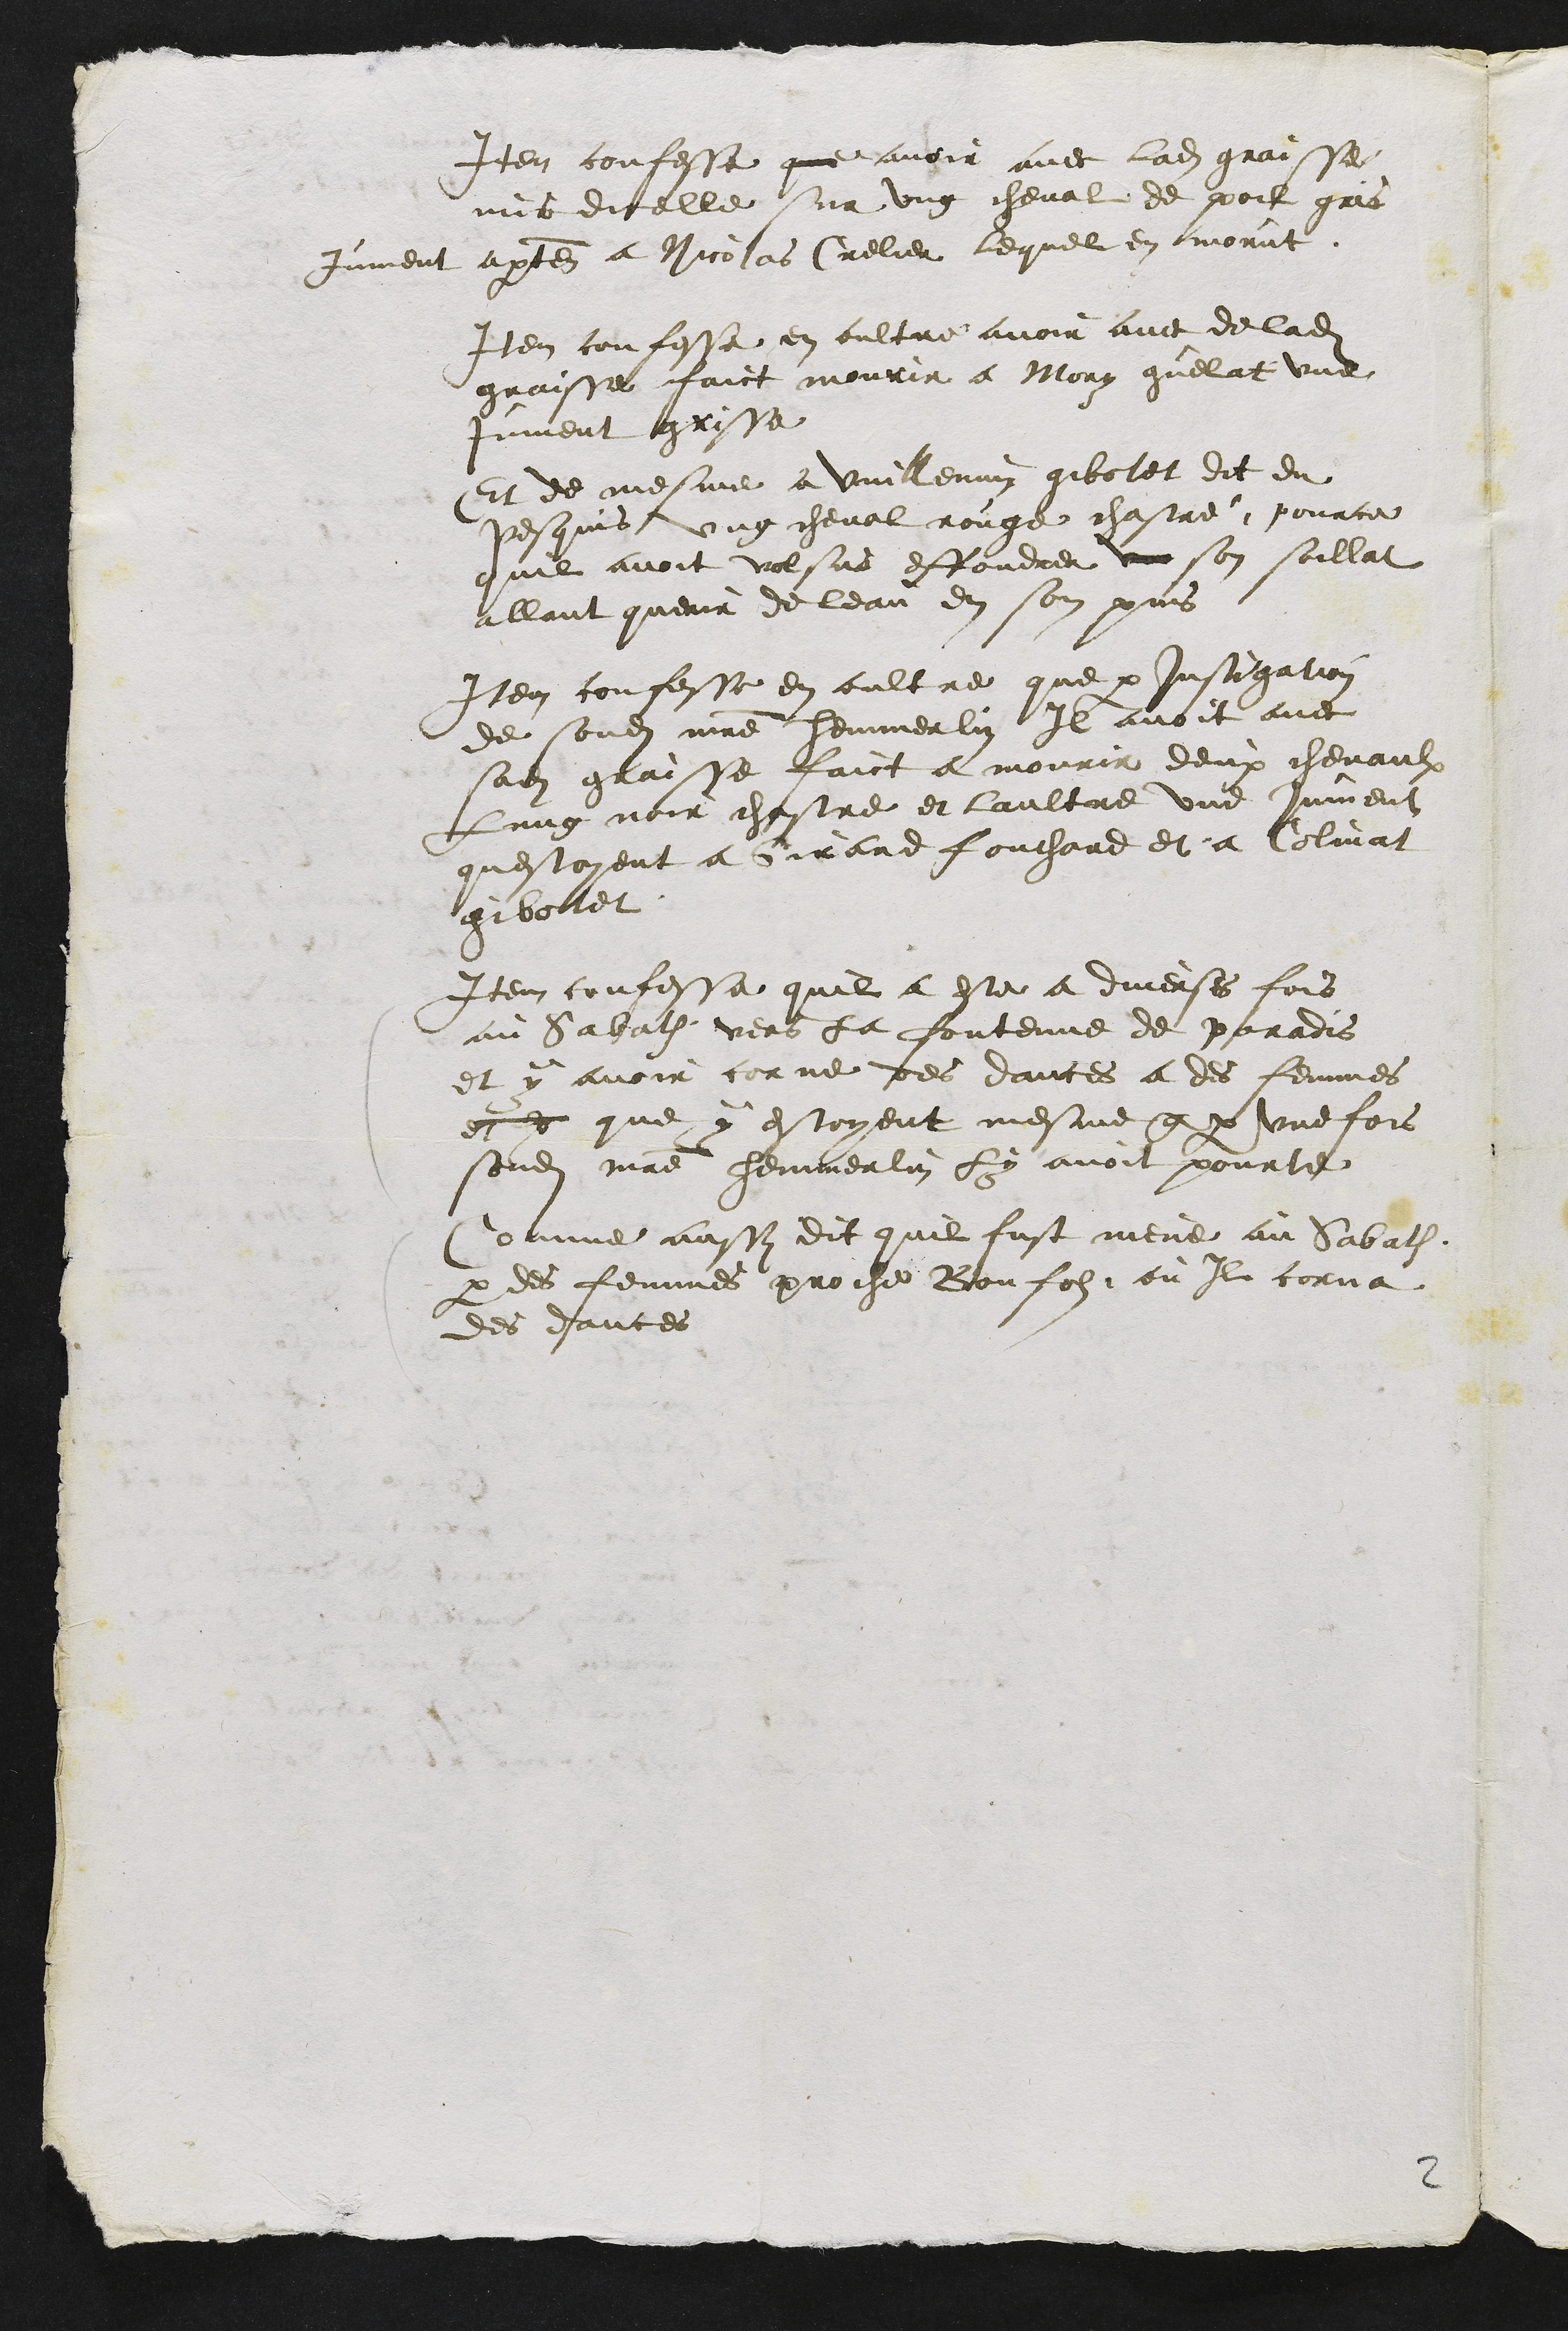
Item confesse que avoir avec ladite graisse
mit dicelle sur ung cheval de poil gris
jument apartenant a Nicolas Crelier lequel en morut
Item confesse en oultre avoir avec de ladite
graisse faict mourir a Mory guelat une
jument grisse
Et de mesme a Vuillemin gibolet dit du
Pesquis ung cheval rouge chastré, pource
quil avoit volsus effondrer un son soillat
allant querir de leau en son puis
Item confesse en oultre que par instigation
de sondit maitre Hemmerlin Il avoit avec
sadite graisse faict a mourir deux chevaulx
Lung noir chastre et laultre une jument
questoyent a Girard fouchard et a Colinat
gibotet
Item confesse quil a este a diverses fois
au Sabath vers la fontenne de paradis
et y avoir corne des dances a des femmes
et y que y estoyent mesme que par une fois
sondit maitre Hemmerlin le avoit pourte
Comme aussy dit quil fust mene au Sabath
par des femmes proche Bonfolz ou Il corna
des dances

2